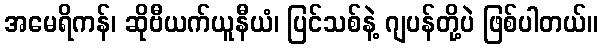
အမေရိကန်၊ ဆိုဗီယက်ယူနီယံ၊ ပြင်သစ်နဲ့ ဂျပန်တို့ပဲ ဖြစ်ပါတယ်။